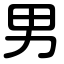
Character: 男